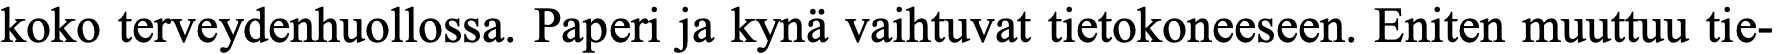
koko terveydenhuollossa. Paperi ja kynä vaihtuvat tietokoneeseen. Eniten muuttuu tie-